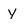
Character: y